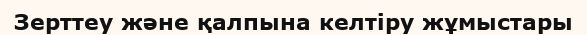
Зерттеу және қалпына келтіру жұмыстары